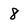
Character: 8